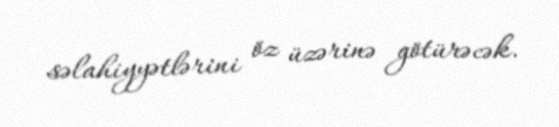
səlahiyyətlərini öz üzərinə götürəcək.